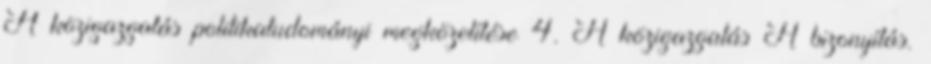
A közigazgatás politikatudományi megközelítése 4. A közigazgatás A bizonyítás.